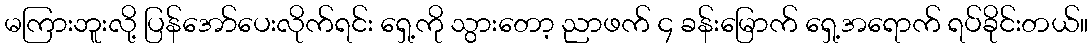
မကြားဘူးလို့ ပြန်အော်ပေးလိုက်ရင်း ရှေ့ကို သွားတော့ ညာဖက် ၄ ခန်းမြောက် ရှေ့အရောက် ရပ်ခိုင်းတယ်။